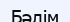
Бәлім